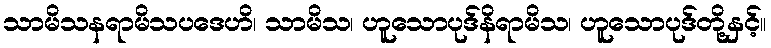
သာမိသနရာမိသပဒေဟိ၊ သာမိသ၊ ဟူသောပုဒ်နိရာမိသ၊ ဟူသောပုဒ်တို့နှင့်။